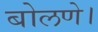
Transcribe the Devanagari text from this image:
बोलणे।